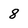
Character: 8